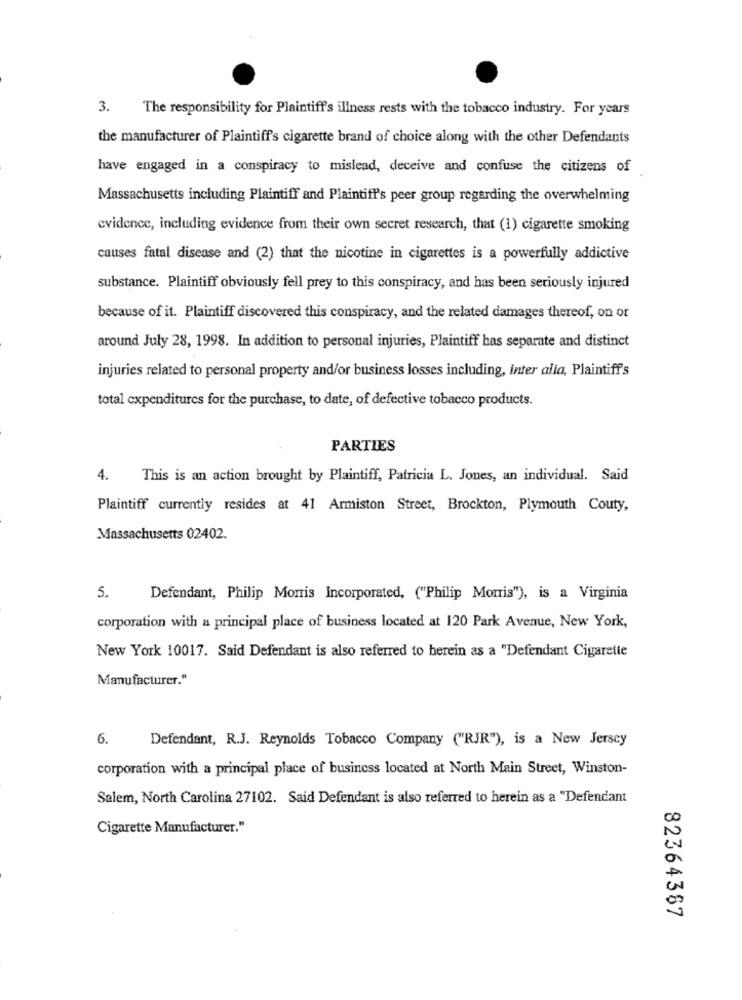
3.
The responsibility for Plaintiff's illness rests with the tobacco industry. For years
the manufacturer of Plaintiff's cigarette brand of choice along with the other Defendants
have engaged in a conspiracy to mislead, deceive and confuse the citizens of
Massachusetts including Plaintiff and Plaintiff's peer group regarding the overwhelming
evidence, including evidence from their own secret research, that (1) cigarette smoking
causes fatal disease and (2) that the nicotine in cigarettes is a powerfully addictive
substance. Plaintiff obviously fell prey to this conspiracy, and has been seriously injured
because of it. Plaintiff discovered this conspiracy, and the related damages thereof, on or
around July 28, 1998. In addition to personal injuries, Plaintiff has separate and distinct
injuries related to personal property and/or business losses including, inter alia, Plaintiff's
total expenditures for the purchase, to date, of defective tobacco products.
PARTIES
4. This is an action brought by Plaintiff, Patricia L. Jones, an individual. Said
Plaintiff currently resides at 41 Armiston Street, Brockton, Plymouth Couty,
Massachusetts 02402.
5.
Defendant, Philip Morris Incorporated, ("Philip Morris"), is a Virginia
corporation with a principal place of business located at 120 Park Avenue, New York,
New York 10017. Said Defendant is also referred to herein as a "Defendant Cigarette
Manufacturer."
6.
Defendant, R.J. Reynolds Tobacco Company ("RJR"), is a New Jersey
corporation with a principal place of business located at North Main Street, Winston-
Salem, North Carolina 27102. Said Defendant is also referred to herein as a "Defendant
Cigarette Manufacturer."
82364387